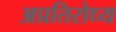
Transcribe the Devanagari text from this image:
अप्रतिरोध्य